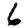
Digit: 6